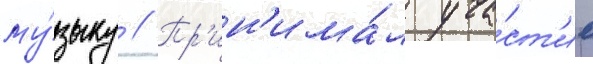
му́зыку // Пр'ин'има́л уча́ст'ие